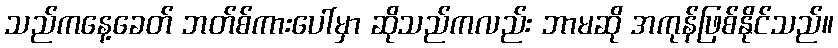
သည်ကနေ့ခေတ် ဘတ်စ်ကားပေါ်မှာ ဆိုသည်ကလည်း ဘာမဆို အကုန်ဖြစ်နိုင်သည်။